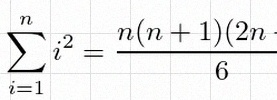
\sum_{i=1}^{n}i^2=\frac{n(n+1)(2n+1)}6